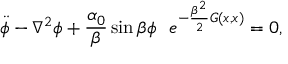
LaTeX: \ddot { \phi } - \nabla ^ { 2 } \phi + { \frac { \alpha _ { 0 } } { \beta } } \sin \beta \phi ~ ~ e ^ { - { \frac { \beta ^ { 2 } } { 2 } } G ( x , x ) } = 0 ,